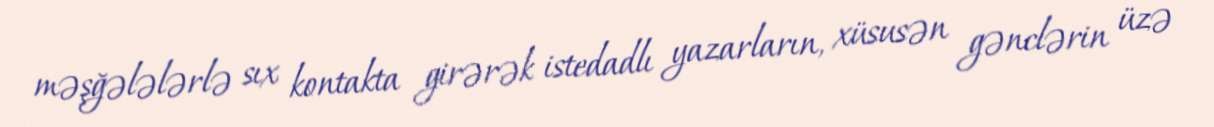
məşğələlərlə sıx kontakta girərək istedadlı yazarların, xüsusən gənclərin üzə